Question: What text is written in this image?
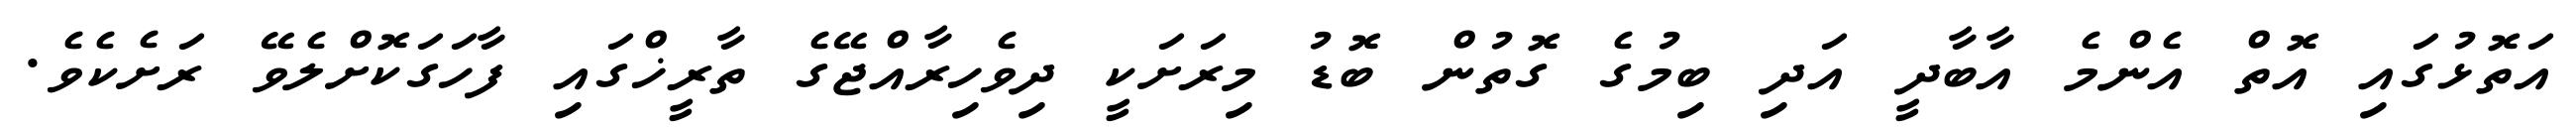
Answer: އަތޮޅުގައި އޮތް އެންމެ އާބާދީ އަދި ބިމުގެ ގޮތުން ބޮޑު މިރަށަކީ ދިވެހިރާއްޖޭގެ ތާރީޚްގައި ފާހަގަކޮށްލެވޭ ރަށެކެވެ.